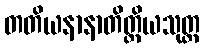
တတိယနာနာတိတ္ထိယသုတ္တ